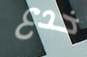
خدع